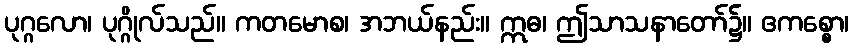
ပုဂ္ဂလော၊ ပုဂ္ဂိုလ်သည်။ ကတမောစ၊ အဘယ်နည်း။ ဣဓ၊ ဤသာသနာတော်၌။ ဧကစ္စော၊